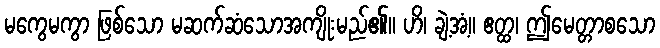
မကွေမကွာ ဖြစ်သော မဆက်ဆံသောအကျိုးမည်၏။ ဟိ၊ ချဲ့အံ့။ ဧတ္ထ၊ ဤမေတ္တာစသော